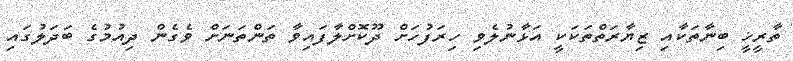
ތާރީޚީ ބިނާތަކާއި ޒިޔާރަތްތަކަކީ އަޅާނުލެެވި ހިރަފުހަށް ދޫކޮށްލާފައިވާ ތަންތަނަށް ވެގެން ދިއުމުގެ ބަދަލުގައި